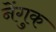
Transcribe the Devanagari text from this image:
नेंगुक